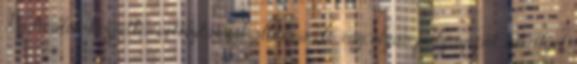
Radicalok közvetlen vetélytársát állítaná elő, egy olyan pályagépet, amellyel.